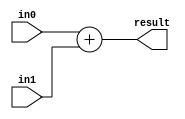
module adder #(parameter DATA_WIDTH =32) (
    input  wire   [DATA_WIDTH-1:0] in0,in1,
    output reg    [DATA_WIDTH-1:0] result 
);
    
always @(*)
   begin 
    result = in0 + in1;
   end
endmodule